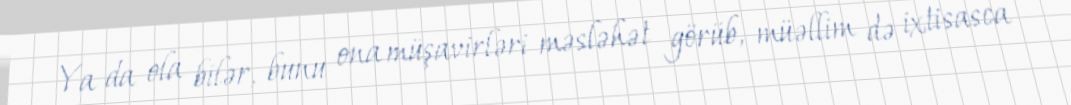
Ya da ola bilər, bunu ona müşavirləri məsləhət görüb, müəllim də ixtisasca